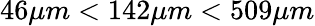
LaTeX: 46{\mu}m<142{\mu}m<509{\mu}m